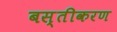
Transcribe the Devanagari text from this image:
बस्तीकरण